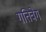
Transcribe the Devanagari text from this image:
गतिवेग